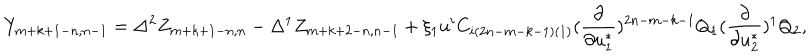
Y _ { m + k + 1 - n , n - 1 } = \Delta ^ { 2 } Z _ { m + k + 1 - n , n } - \Delta ^ { 1 } Z _ { m + k + 2 - n , n - 1 } + \xi _ { 1 } u ^ { i } C _ { i ( 2 n - m - k - 1 ) ( 1 ) } ( { \frac { \partial } { \partial u _ { 1 } ^ { * } } } ) ^ { 2 n - m - k - 1 } Q _ { 1 } ( { \frac { \partial } { \partial u _ { 2 } ^ { * } } } ) ^ { 1 } Q _ { 2 } ,